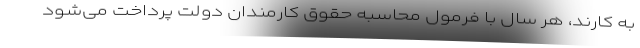
به کارند، هر سال با فرمول محاسبه حقوق کارمندان دولت پرداخت می‌شود